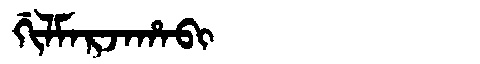
Manchu: ᡤᡳᠯᠮᠠᡵᠵᠠᡥᠠᠪᡳ
Romanization: GILMARJAHABI